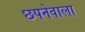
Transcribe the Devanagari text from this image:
छपनेवाला